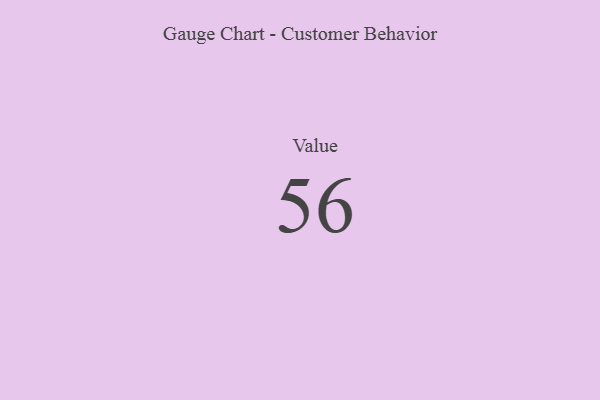
{"axis": {"x": "Metric", "y": "Value"}, "legend": [""], "data": [{"x": "Value", "y": 56, "type": ""}]}